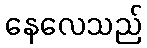
နေလေသည်